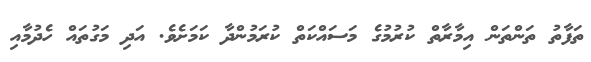
ތަފާތު ތަންތަން އިމާރާތް ކުރުމުގެ މަސައްކަތް ކުރަމުންދާ ކަމަށެވެ. އަދި މަގުތައް ހެދުމާއި